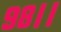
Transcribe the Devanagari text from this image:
९८।।